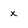
Character: x